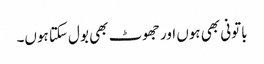
باتونی بھی ہوں اور جھوٹ بھی بول سکتا ہوں۔